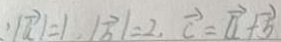
\because \vert \overrightarrow { a } \vert = 1 , \vert \overrightarrow { b } \vert = 2 , \overrightarrow { = } \overrightarrow { a } + \overrightarrow { b }